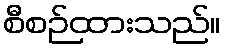
စီစဉ်ထားသည်။